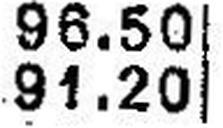
91.20